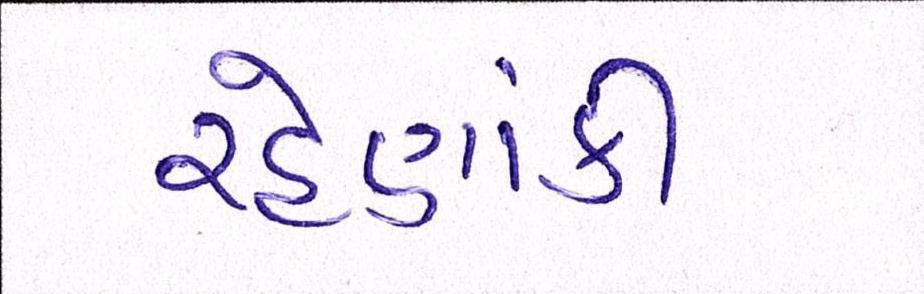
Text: રહેણાંકી